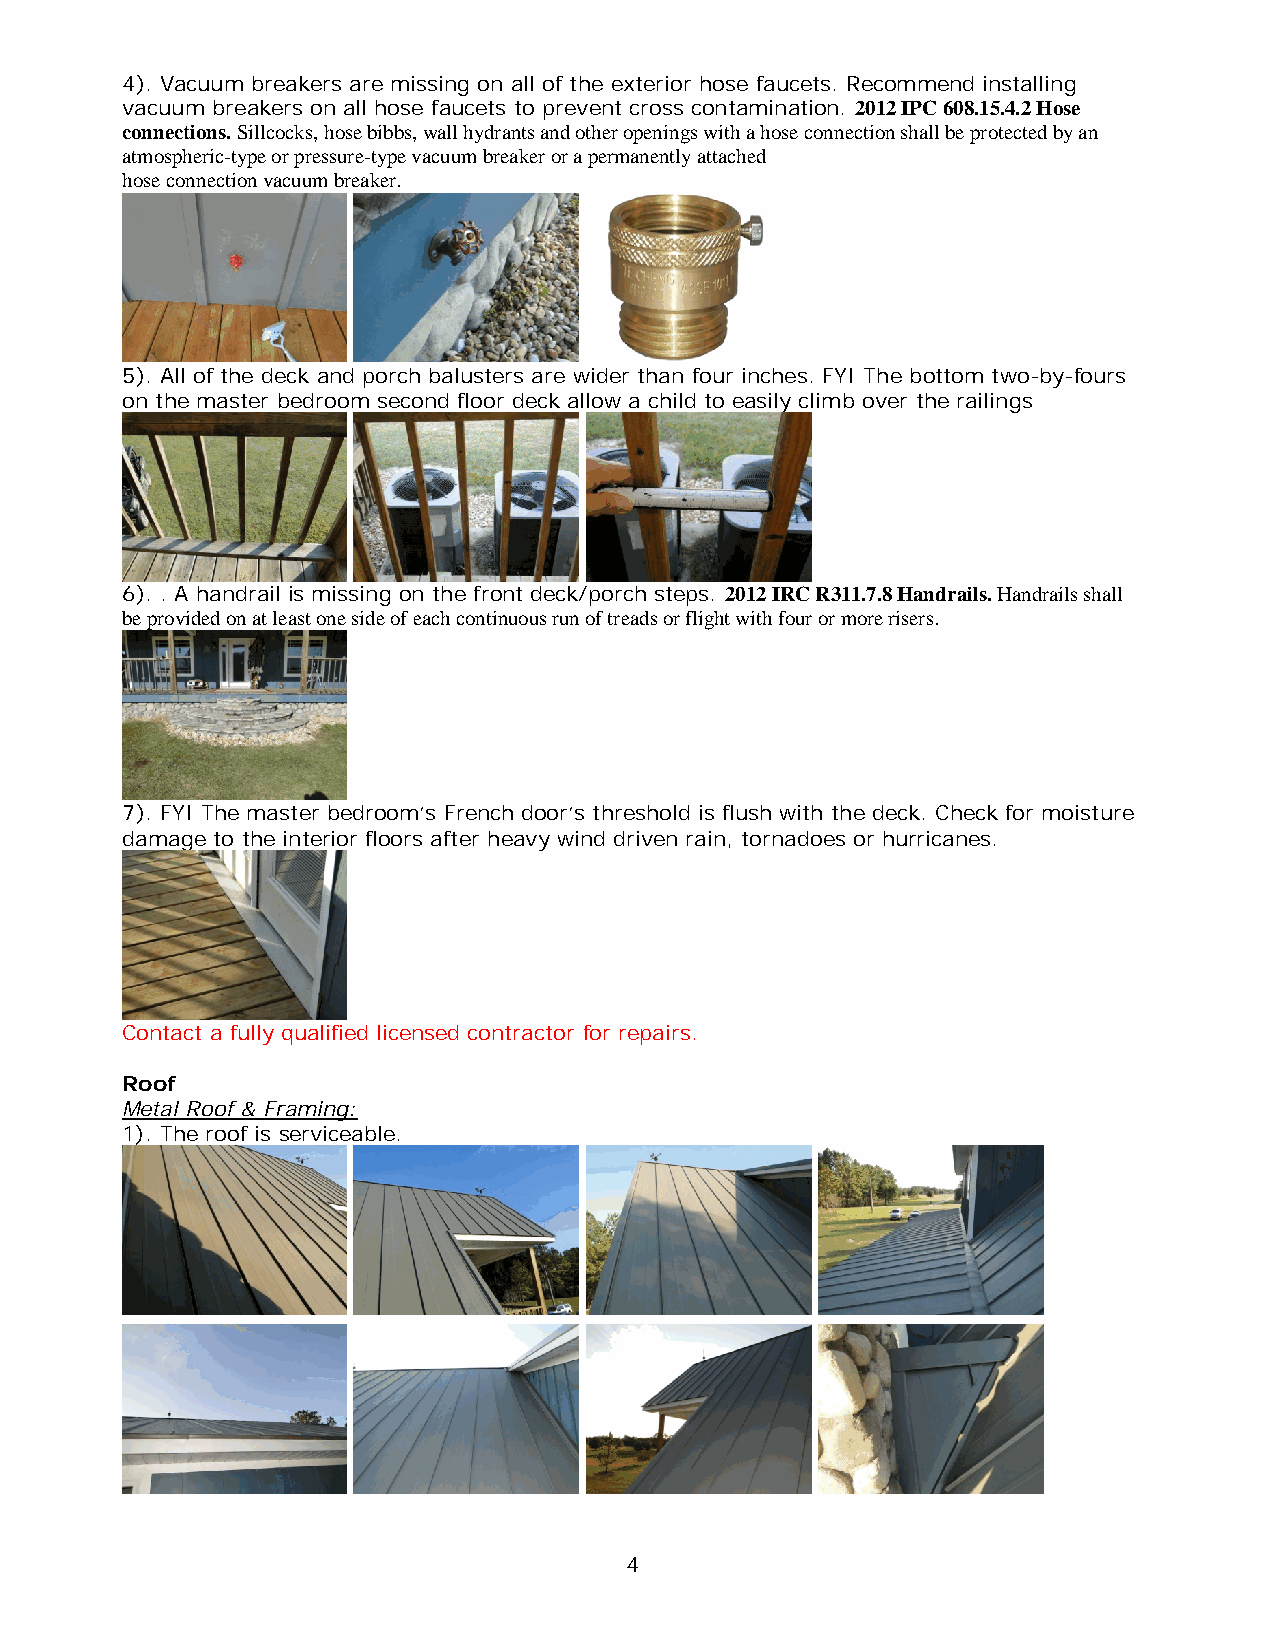
4). Vacuum breakers are missing on all of the exterior hose faucets. Recommend installing
 vacuum breakers on all hose faucets to prevent cross contamination. 2012 IPC 608.15.4.2 Hose
 connections. Sillcocks, hose bibbs, wall hydrants and other openings with a hose connection shall be protected by an
 atmospheric-type or pressure-type vacuum breaker or a permanently attached
 hose connection vacuum breaker.
 5). All of the deck and porch balusters are wider than four inches. FYI The bottom two-by-fours
 on the master bedroom second floor deck allow a child to easily climb over the railings
 6). . A handrail is missing on the front deck/porch steps. 2012 IRC R311.7.8 Handrails. Handrails shall
 be provided on at least one side of each continuous run of treads or flight with four or more risers.
 7). FYI The master bedroom’s French door’s threshold is flush with the deck. Check for moisture
 damage to the interior floors after heavy wind driven rain, tornadoes or hurricanes.
 Contact a fully qualified licensed contractor for repairs.
 Roof
 Metal Roof & Framing:
 1). The roof is serviceable.
 4